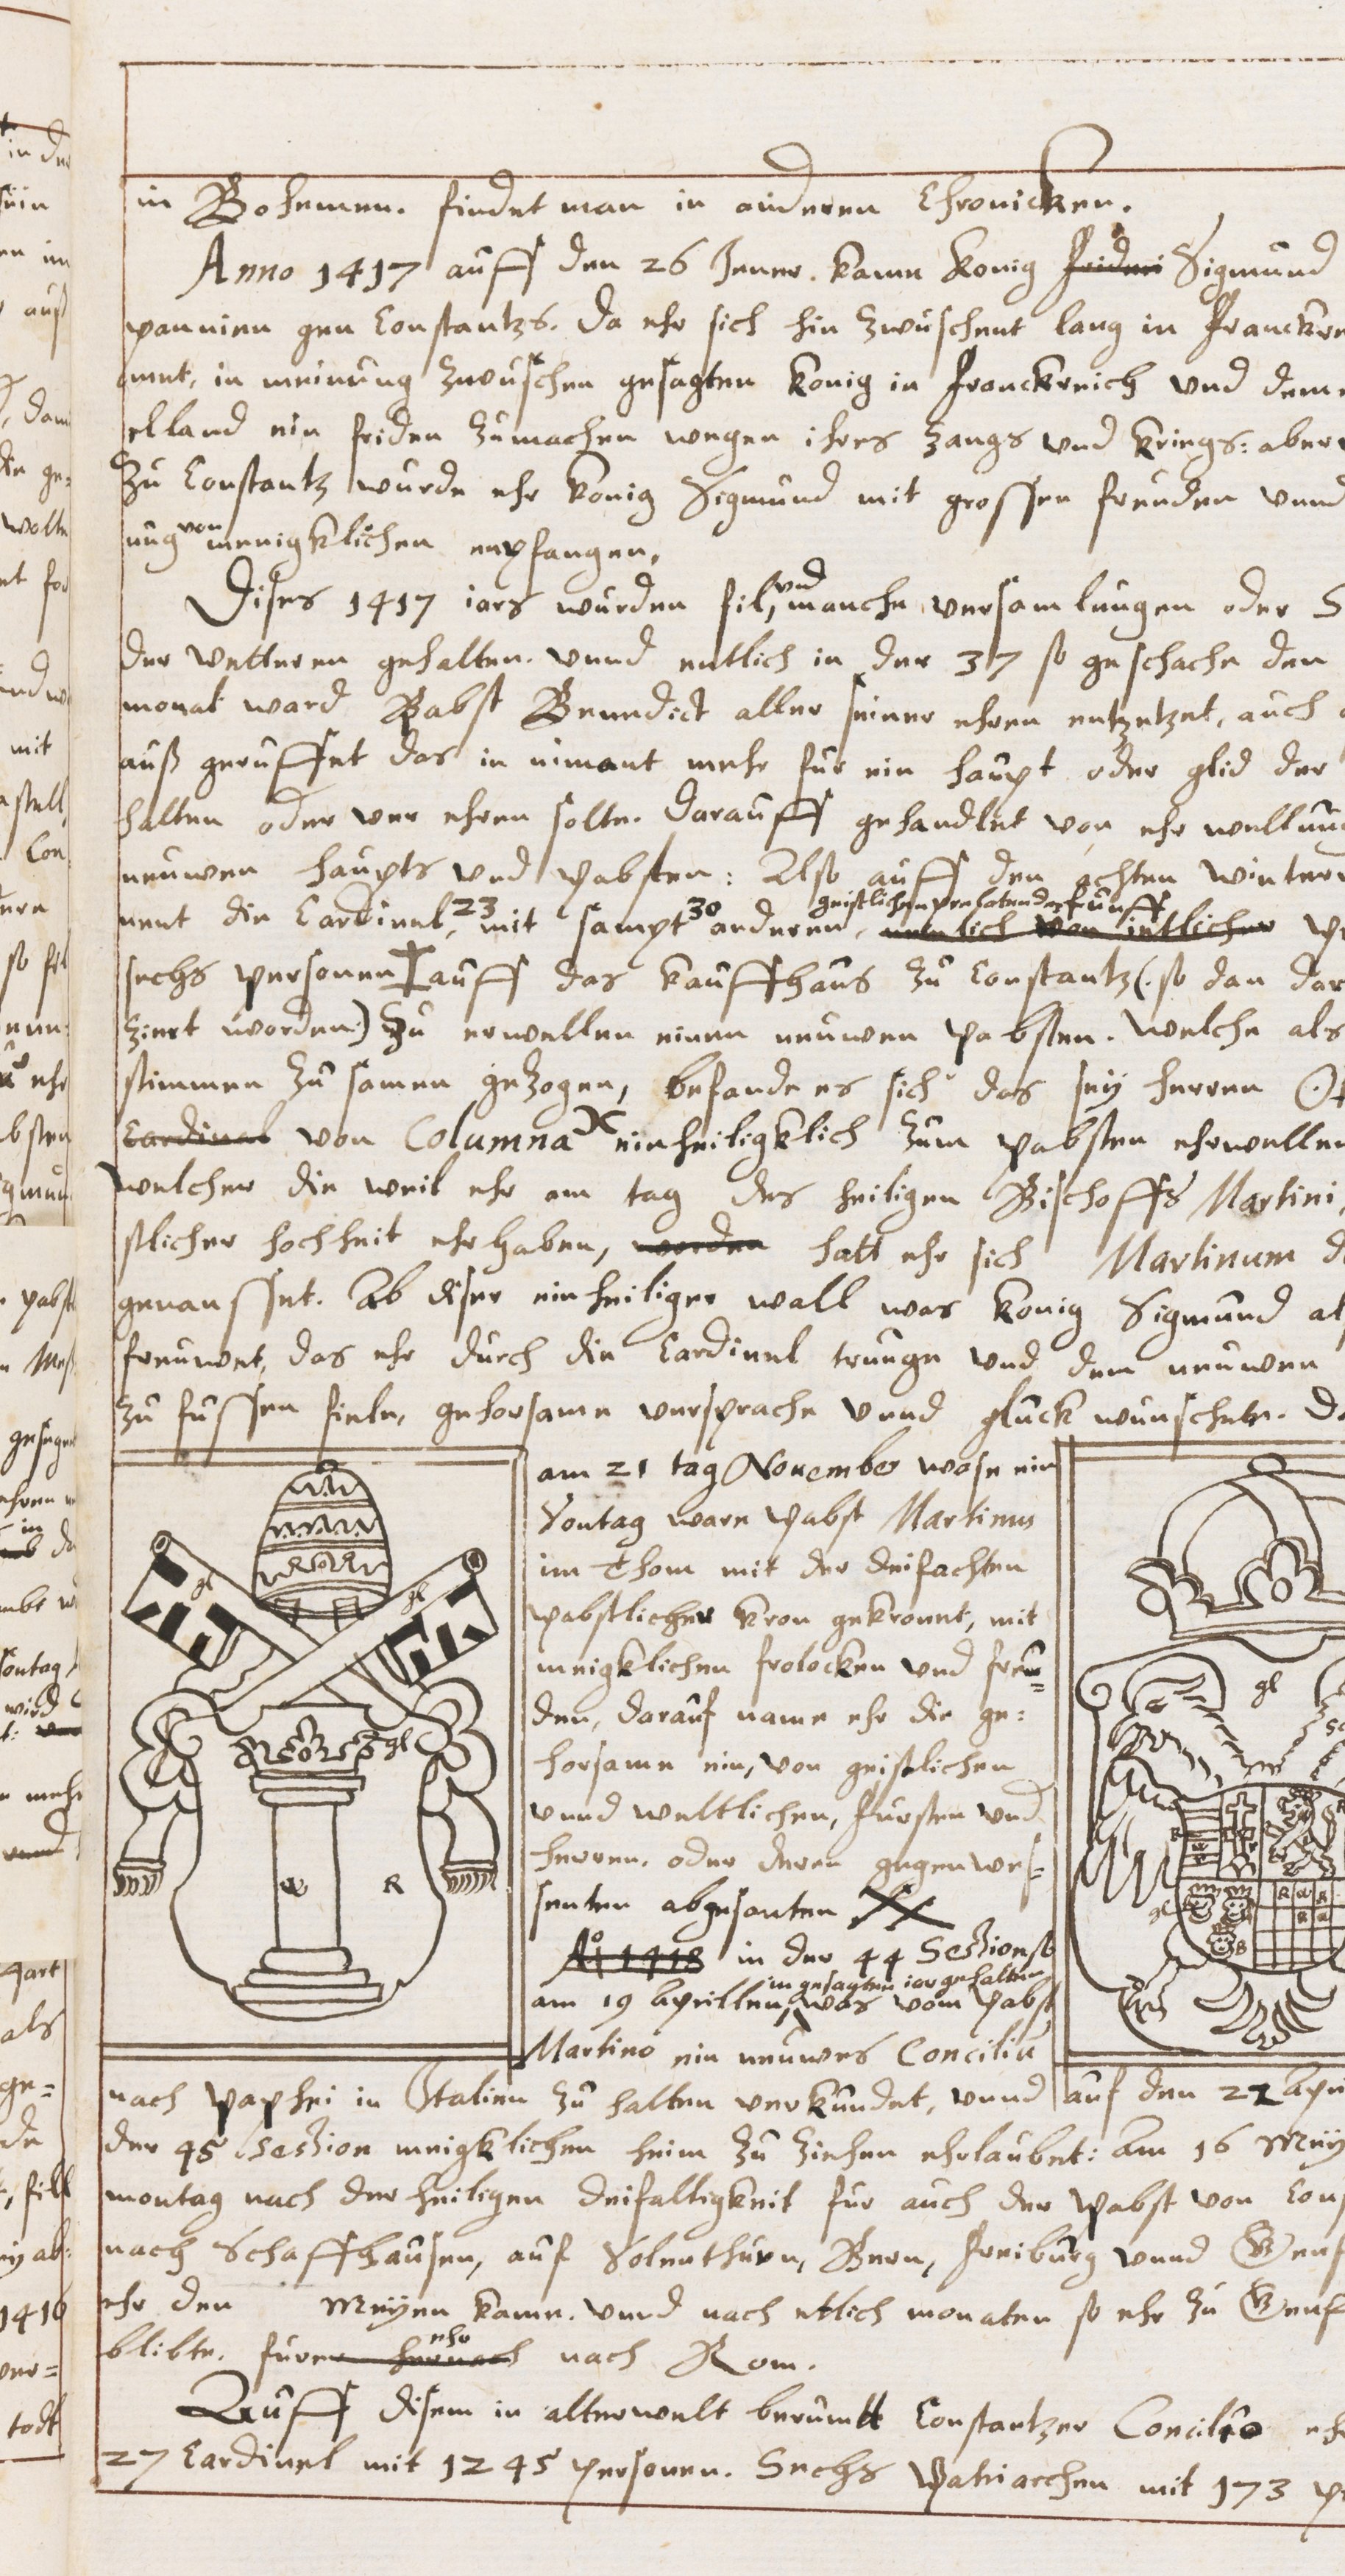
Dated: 1629–1659